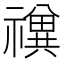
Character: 𱵲